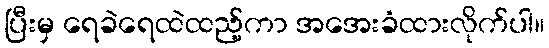
ပြီးမှ ရေခဲရေထဲထည့်ကာ အအေးခံထားလိုက်ပါ။